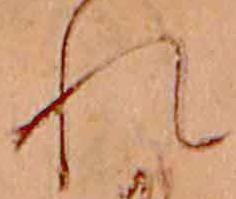
れ